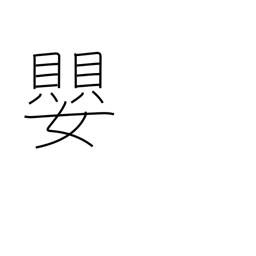
Meaning: sharp (music)